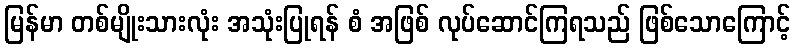
မြန်မာ တစ်မျိုးသားလုံး အသုံးပြုရန် စံ အဖြစ် လုပ်ဆောင်ကြရသည် ဖြစ်သောကြောင့်